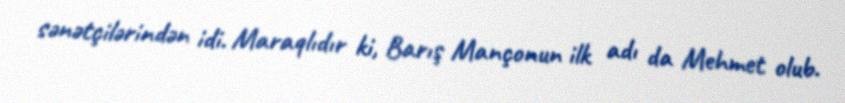
sənətçilərindən idi. Maraqlıdır ki, Barış Mançonun ilk adı da Mehmet olub.